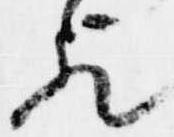
歟